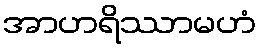
အာဟရိဿာမဟံ